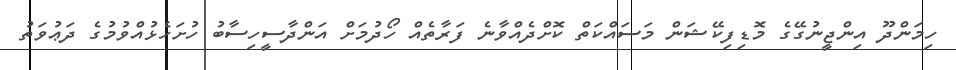
ހިމަންދޫ އިންޖީނުގޭގެ މޮޑިފިކޭޝަން މަސައްކަތް ކޮށްދެއްވާނެ ފަރާތެއް ހޯދުމަށް އަންދާސީހިސާބު ހުށަހެޅުއްވުމުގެ ދަޢުވަތު